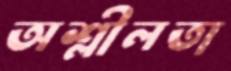
অশ্লীলতা